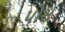
પોસ